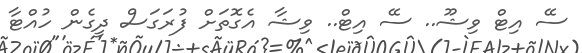
ސޭ އިޓް ވިޝޫ.. ސޭ އިޓް.. ވިޝާ އެގޮތަށް ފުރަގަސް ދީގެން ހުއްޓާ